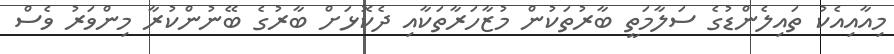
މިއާއިއެކު ތައިލެންޑުގެ ސަލާމަތީ ބާރުތަކުން މުޒާހަރާތަކާއި ދެކޮޅަށް ބާރުގެ ބޭނުންކުރާ މިންވަރު ވެސް